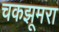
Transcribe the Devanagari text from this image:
चकझूमरा